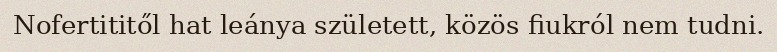
Nofertititől hat leánya született, közös fiukról nem tudni.